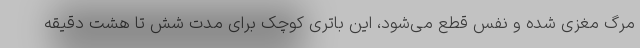
مرگ مغزی شده و نفس قطع می‌شود، این باتری کوچک برای مدت شش تا هشت دقیقه